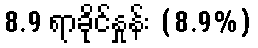
8.9 ရာခိုင်နှုန်း (8.9%)